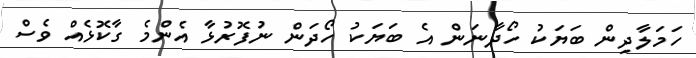
ހަމަލާދިން ބަޔަކު ހޯދާނަން އެ ބަޔަކު ހޯދަން ނުފޮރުޅާ އެންމެ ގާކޮޅެއް ވެސް